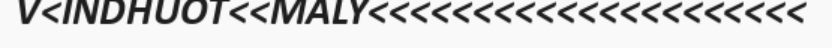
V<INDHUOT<<MALY<<<<<<<<<<<<<<<<<<<<<